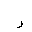
Letter: _ra